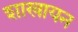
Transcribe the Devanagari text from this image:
शाखायन